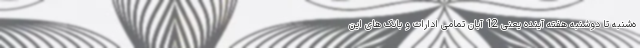
ه‌شنبه تا دوشنبه هفته آینده یعنی 12 آبان تمامی ادارات و بانک های این